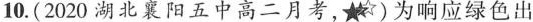
10.( 2020 湖北襄阳五中高二月考，\bigstar)为响应绿色出